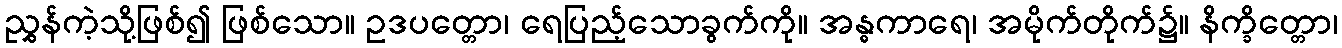
ညွှန်ကဲ့သို့ဖြစ်၍ ဖြစ်သော။ ဥဒပတ္တော၊ ရေပြည့်သောခွက်ကို။ အန္ဓကာရေ၊ အမိုက်တိုက်၌။ နိက္ခိတ္တော၊